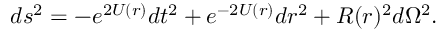
d s ^ { 2 } = - e ^ { 2 U ( r ) } d t ^ { 2 } + e ^ { - 2 U ( r ) } d r ^ { 2 } + R ( r ) ^ { 2 } d \Omega ^ { 2 } .